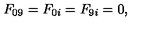
\begin{array} { c } { F _ { 0 9 } = F _ { 0 i } = F _ { 9 i } = 0 , } \\ \end{array}